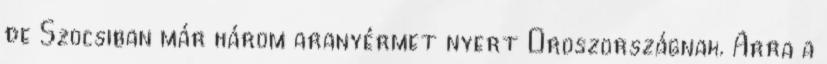
de Szocsiban már három aranyérmet nyert Oroszországnak. Arra a